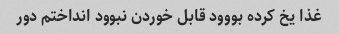
غذا یخ کرده بووود قابل خوردن نبوود انداختم دور